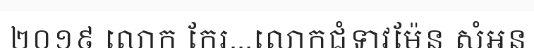
២០១៩ លោក កែរ...លោកជំទាវម៉ែន សំអន